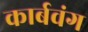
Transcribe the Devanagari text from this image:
कार्बवंग